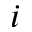
i